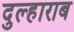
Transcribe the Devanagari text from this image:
दुल्हाराब